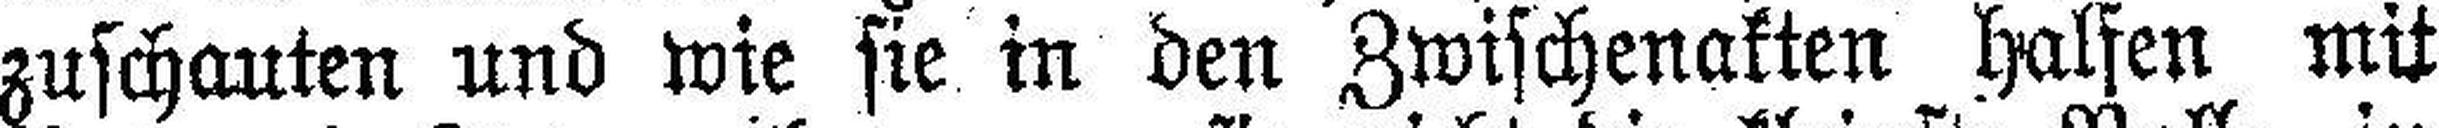
zuschauten und wie sie in den Zwischenakten halfen mit